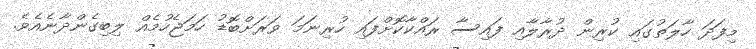
މިފަދަ ހާލަތުގައި ކުރިން ދުރާލާއި ފައިސާ ރައްކާކޮށްފައި ހުރިނަމަ ވަރަށްބޮޑު ހަމަޖެހުމެއް ލިބިގެންދާނެއެވެ.